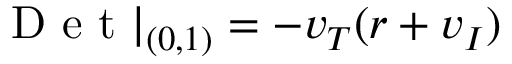
\mathrm { ~ D ~ e ~ t ~ } | _ { ( 0 , 1 ) } = - v _ { T } ( r + v _ { I } )